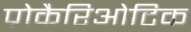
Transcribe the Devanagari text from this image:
प्रोकैरिओटिक